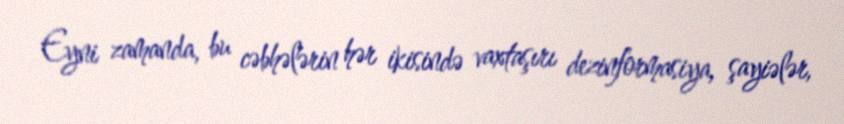
Eyni zamanda, bu cəbhələrin hər ikisində vaxtaşırı dezinformasiya, şayiələr,